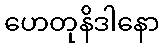
ဟေတုနိဒါနော